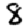
Digit: 8